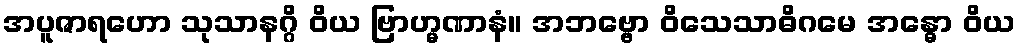
အပူဇာရဟော သုသာနဂ္ဂိ ဝိယ ဗြာဟ္မဏာနံ။ အဘဗ္ဗော ဝိသေသာဓိဂမေ အန္ဓော ဝိယ